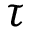
\tau